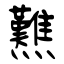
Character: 㸐